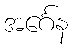
အင်္ဂေန